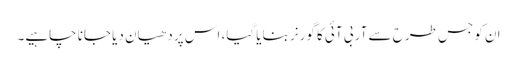
ان کو جس طرح سے آر بی آئی کا گورنر بنایا گیا، اس پر دھیان دیا جانا چاہیے۔